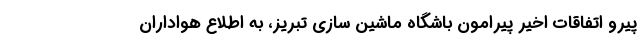
پیرو اتفاقات اخیر پیرامون باشگاه ماشین سازی تبریز، به اطلاع هواداران